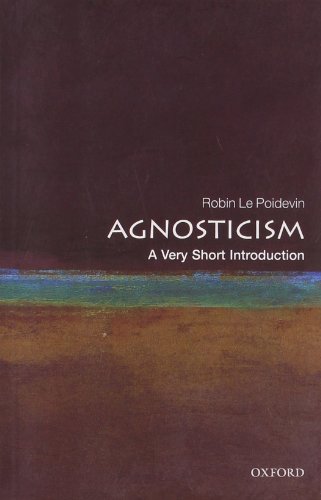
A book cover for Agnosticism: A Very Short Introduction; Robin Le Poidevin; Religion & Spirituality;